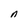
Character: n